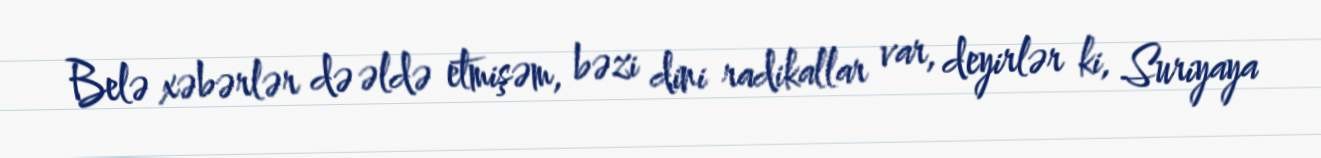
Belə xəbərlər də əldə etmişəm, bəzi dini radikallar var, deyirlər ki, Suriyaya